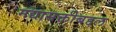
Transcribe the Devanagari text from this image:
मद्यासक्तीबद्दल